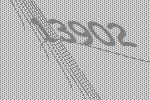
13902